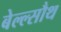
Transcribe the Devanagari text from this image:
बेल्ल्सौथ